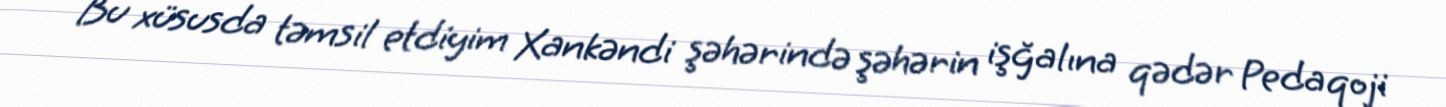
Bu xüsusda təmsil etdiyim Xankəndi şəhərində şəhərin işğalına qədər Pedaqoji